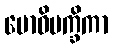
ဗောဓိပက္ခိကာ